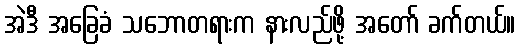
အဲဒီ အခြေခံ သဘောတရားက နားလည်ဖို့ အတော် ခက်တယ်။